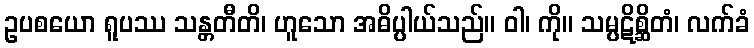
ဥပစယော ရူပဿ သန္တတီတိ၊ ဟူသော အဓိပ္ပါယ်သည်။ ဝါ၊ ကို။ သမ္ပဋိစ္ဆိတံ၊ လက်ခံ